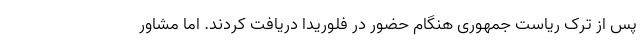
پس از ترک ریاست جمهوری هنگام حضور در فلوریدا دریافت کردند. اما مشاور